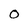
Character: O